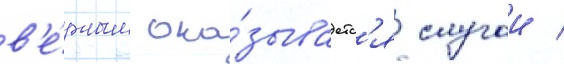
в'е́рным ока́зываетс'я случаи /